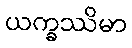
ယက္ခဿိမာ